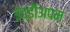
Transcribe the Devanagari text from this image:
इड्डीअपम